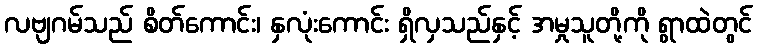
လဗျဂမ်သည် စိတ်ကောင်း၊ နှလုံးကောင်း ရှိလှသည်နှင့် အမှုသူတို့ကို ရွာထဲတွင်